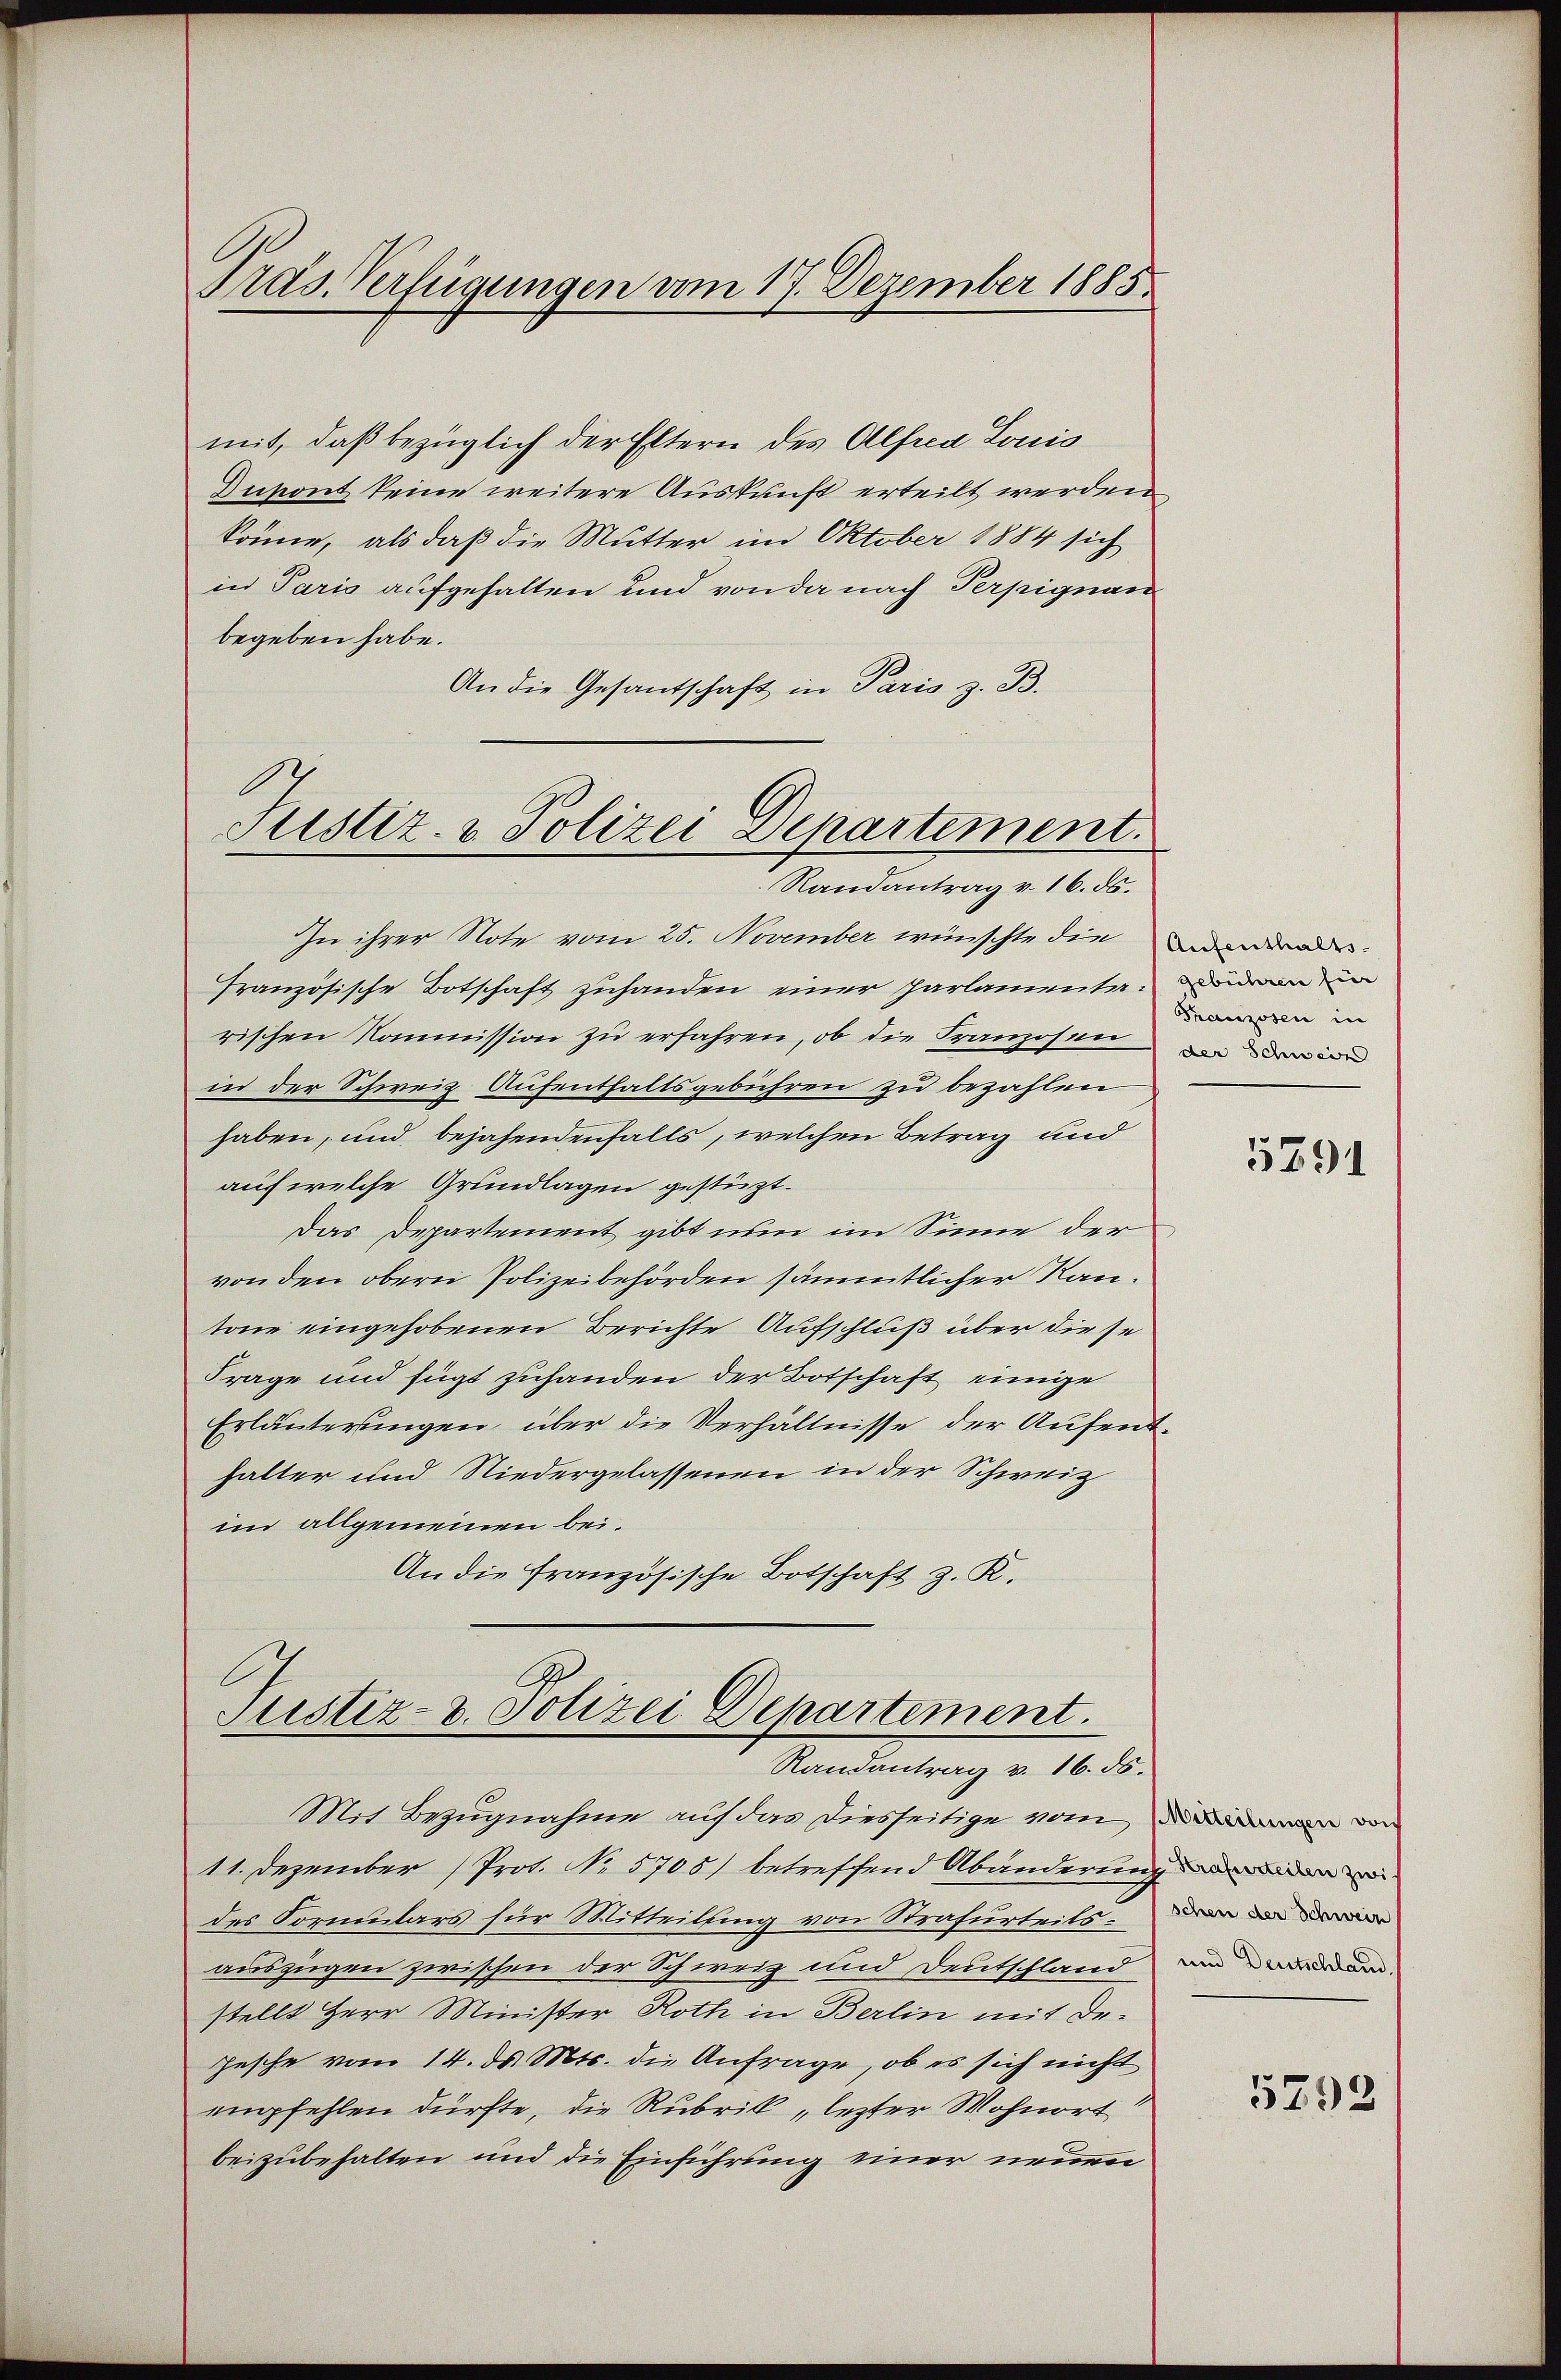
Pras Verfügungen vom 17. Dezember 1885.

mit, daß bezüglich der Eltern des Alfred Louis
Dupont keine weitere Auskunft erteilt werden
könne, als daß die Mutter im Oktober 1884 sich
in Paris aufgehalten und von da nach Perpignan
begeben habe.
An die Gesantschaft in Paris z. B.
Randantrag v. 16. ds.
In ihrer Note vom 25. November wünschte die ander
französische Botschaft zuhanden einer Parlamente
rischen Kommission zu erfahren, ob die Franzosen
in der Schweiz Aufenthaltsgebühren zu bezahlen
haben, und bejahendenfalls, welchen Betrag und
auf welche Grundlagen gestüzt.
Das Departement gibt nun im Sinne der
von den obern Polizeibehörden sämmtlicher Rautone eingehobenen Berichte Aufschluß über die se
Frage und fügt zuhanden der Botschaft einige
Erläuterungen, über die Verhältnisse der Aufenthalter und Niedergelassenen in der Schweiz
im allgemeinen bei.
An die französische Botschaft z. K.
Sistiz- u. Polizei Departement.
Randantrag v. 16. ds.
Mit Bezugnahme auf das diesseitige vom von
11. Dezember (Prot. No 5708) betreffend Abänderung
des Formulars für Mitteilung von Strafurteils.
auszugen zwischen der Schweiz und Deutschland
stellt Herr Minister Roth in Berlin mit De-
Jesche vom 14. ds. Mts. die Anfrage, ob es sich nicht
empfehlen dürfte, die Rubrik „lezter Wohnort
beizubehalten und die Einführung einer neuen

Justiz- & Polizei Departement.

Franzosen in
der Schnen

5291

schen der Schweiz
und Deutschland,

5792